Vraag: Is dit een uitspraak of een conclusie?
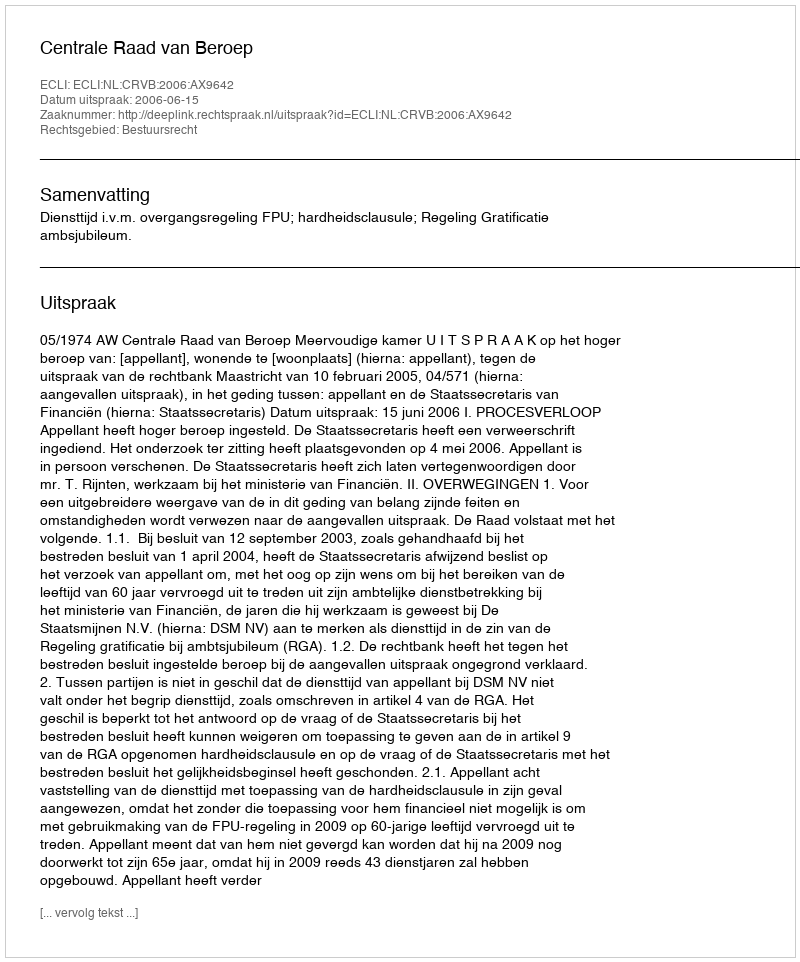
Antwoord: Uitspraak